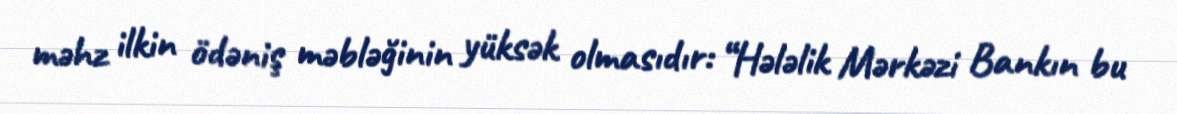
məhz ilkin ödəniş məbləğinin yüksək olmasıdır: “Hələlik Mərkəzi Bankın bu